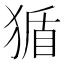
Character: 𪻂